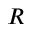
R